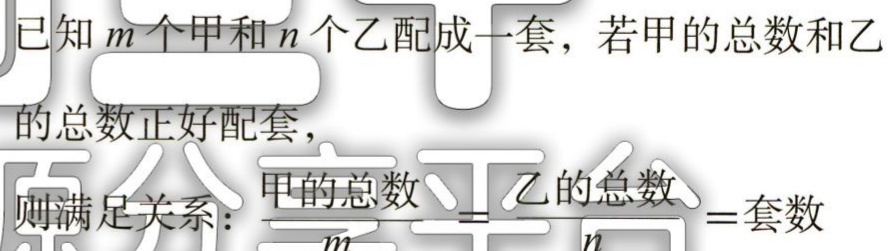
已知\(m\)个甲和\(n\)个乙配成一套，若甲的总数和乙的总数正好配套，

则满足关系：\(\frac{甲的总数}{m} = \frac{乙的总数}{n} =套数\)